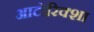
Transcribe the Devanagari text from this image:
आटोरिक्शा